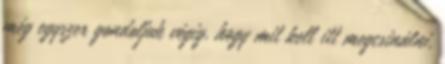
még egyszer gondoljuk végig, hogy mit kell itt megcsinálni,